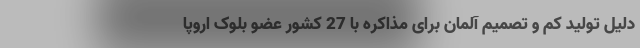
دلیل تولید کم و تصمیم آلمان برای مذاکره با 27 کشور عضو بلوک اروپا